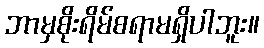
ဘာမှစိုးရိမ်စရာမရှိပါဘူး။